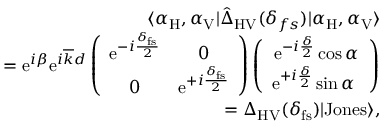
\begin{array} { r l r } & { } & { \langle \alpha _ { \mathrm { H } } , \alpha _ { \mathrm { V } } | \hat { \Delta } _ { \mathrm { H V } } ( \delta _ { f s } ) | \alpha _ { \mathrm { H } } , \alpha _ { \mathrm { V } } \rangle } \\ & { } & { = \mathrm { e } ^ { i \beta } \mathrm { e } ^ { i \overline { { k } } d } \left( \begin{array} { c c } { \mathrm { e } ^ { - i \frac { \delta _ { \mathrm { f s } } } { 2 } } } & { 0 } \\ { 0 } & { \mathrm { e } ^ { + i \frac { \delta _ { \mathrm { f s } } } { 2 } } } \end{array} \right) \left( \begin{array} { c } { \mathrm { e } ^ { - i \frac { \delta } { 2 } } \cos \alpha } \\ { \mathrm { e } ^ { + i \frac { \delta } { 2 } } \sin \alpha \ } \end{array} \right) } \\ & { } & { = \Delta _ { \mathrm { H V } } ( \delta _ { \mathrm { f s } } ) | \mathrm { J o n e s } \rangle , } \end{array}